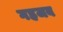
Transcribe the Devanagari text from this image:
गहजब